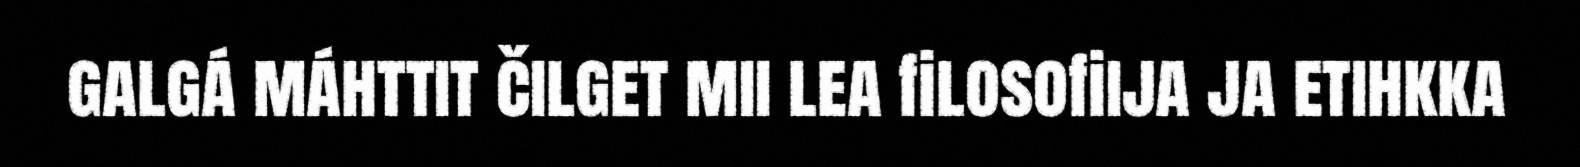
galgá máhttit čilget mii lea filosofiija ja etihkka